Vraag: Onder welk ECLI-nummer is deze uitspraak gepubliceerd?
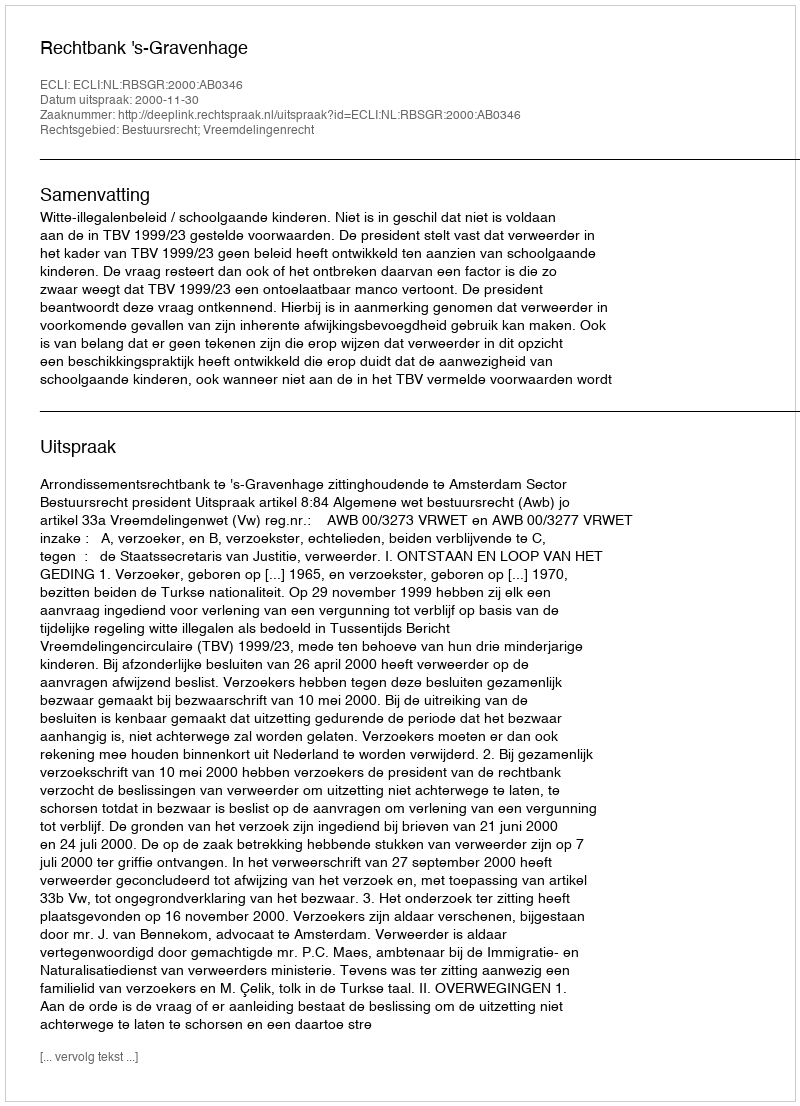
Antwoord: ECLI:NL:RBSGR:2000:AB0346